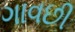
ગાવછી